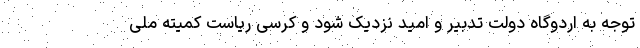
توجه به اردوگاه دولت تدبیر و امید نزدیک شود و کرسی ریاست کمیته ملی